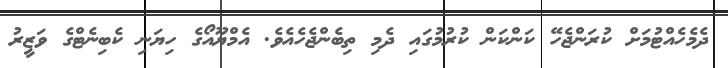
ދެމެހެއްޓުމަށް ކުރަންޖެހޭ ކަންކަން ކުރުމުގައި ދެމި ތިބެންޖެހެއެވެ. އެމްޔޫއޯގެ ހިޔަނި ކެބިނެޓްގެ ވަޒީރު